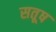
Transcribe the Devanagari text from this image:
सतूष